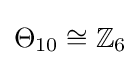
\Theta _{10}\cong \mathbb {Z} _{6}